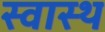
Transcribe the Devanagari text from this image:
स्‍वास्थ